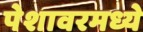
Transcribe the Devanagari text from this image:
पेशावरमध्ये